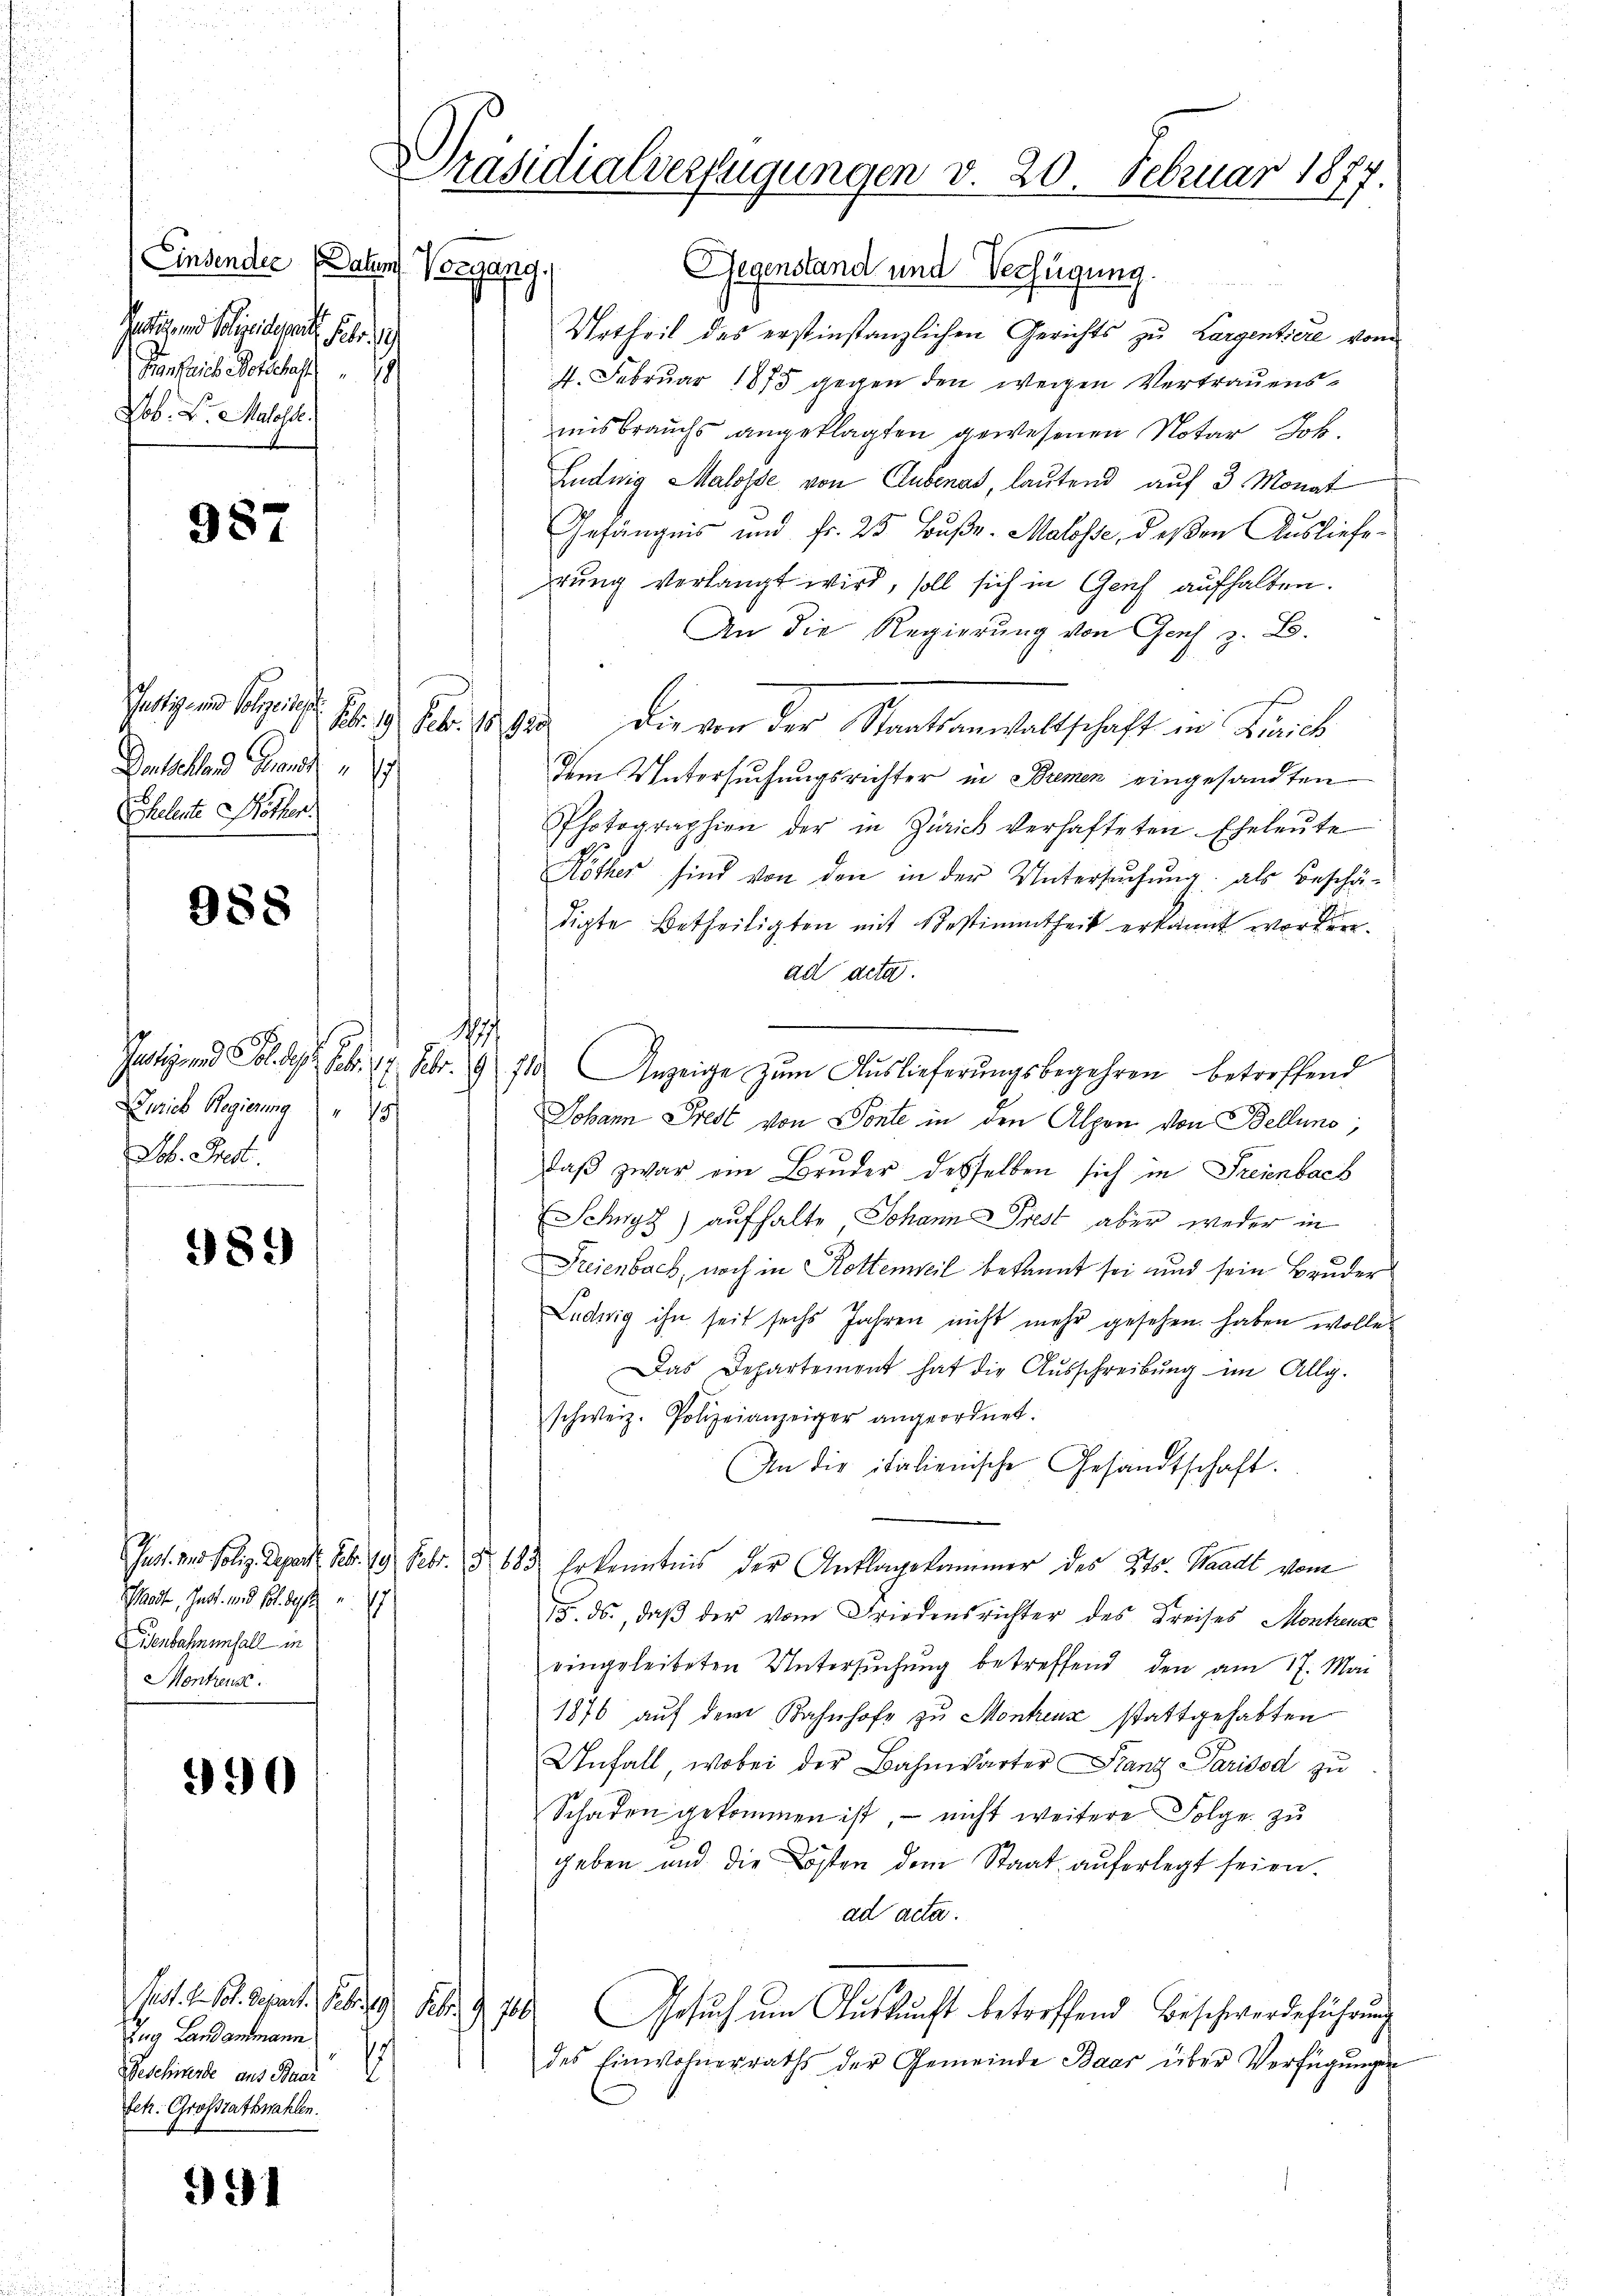
Einsendie Daten Vorgang.
Pertigend Polizeidesrath Febr. 1
Befrei Woches
Lob. V. Malosse.

987

Justiz- und Polizeises
Denselland Grand
Eheleute Röther.

988

Durich Regierung " 15
Lob. Frect.

989

Sadt, Inst. und sol. da u. 27
Eisenbahnenfall in
Montreuse.

390

Prust. A. Vol. Petent. Febr. 1891 Febr. 1 700.
Zug Landammann
Beschwerde aus Baar
fehr. Großrathswahlen.

991

Gegenstand und Verfügung.
Urtheil des erstinstanzlichen Gerichts zu Largentiere vom
7. Februar 1875 gegen den wegen Vertrauensmisbrauchs angeklagten gewesenen Notar Joh.
Ludwig Malosse von Clubenas, lautend auf 3 Monat
Gefängnis und fr. 25 Buße-Malosse, deßen Ausliefe
stung verlangt wird, soll sich in Genf aufhalten.
An die Regierung von Genf z. B.
Nr. 3. Febr. 18 die von der Staatsanwaltschaft in Linie
dem Untersuchungsrichter in Bremen eingesandten
Photographien der in Zürich verhafteten Eheleute
Köther sind von den in der Untersŭchŭng als Beschä-
digte Betheiligten mit Bestimmtheit erkannt worden.
ad acta.
2
t
Justiz und Solde. Febr. 17. Febr. 1911. Anzeige zum Auslieferungsbegehren betreffend
Johann Predt von Ponte in den Alpen von Bellino,
daß zwar ein Bruder desselben sich in Freienbach
Schwyz) aufhalte Johann Prest aber weder in
Freienbach, noch in Rottenweil bekannt sei und sein Bruder
Ludwig ihn seit sechs Jahren nicht mehr gesehen haben wolle
Das Departement hat die Ausschreibung im Allg.
schweiz. Polizeianzeiger angeordnet.
An die italienische Gesandtschaft.
(Gast. und Poliz. Depart. Febr. 19. Febr. § 183. Erkenntnis der Anklagekammer des Kts. Waadt vom
15. ds., daß der vom Friedensrichter des Kreises Montrenz
eingeleiteten Untersuchung betreffend den am 17. Mai
1876 auf dem Bahnhofe zu Montreuz stattgehabten
Unfall, wobei der Bahnwärter Franz Parisod zu
Schaden gekommen ist, nicht weitere Folge zu
geben und die Kosten dem Staat auferlegt seien.
ad acta.
Gesuch um Auskunft betreffend Beschwerdeführung
des Einwohnerraths der Gemeinde Baar über Verfügungen
i

Präsidialverfügungen v. 20. Februar 1877.